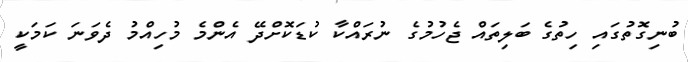
ބުނިގޮތުގައި ހިތުގެ ބަލިތައް ޖެހުމުގެ ނުރައްކާ ކުޑަކޮށްދޭ އެންމެ މުހިއްމު ދެވަނަ ކަމަކީ